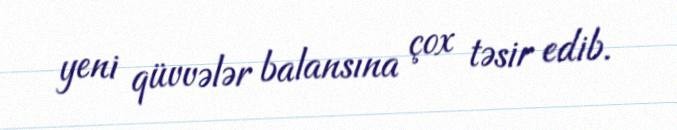
yeni qüvvələr balansına çox təsir edib.